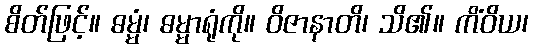
စိတ်ဖြင့်။ ဓမ္မံ၊ ဓမ္မာရုံကို။ ဝိဇာနာတိ၊ သိ၏။ ကိံဝိယ၊